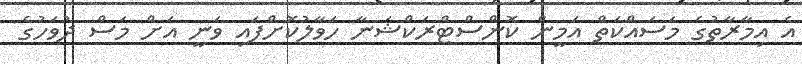
އެ އިމާރާތުގެ މަސައްކަތް އަމީން ކޮންސްޓްރަކްޝަނާ ހަވާލުކޮށްފައި ވަނީ އަށް މަސް ދުވަހުގެ